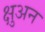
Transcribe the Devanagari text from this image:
क्षुअन